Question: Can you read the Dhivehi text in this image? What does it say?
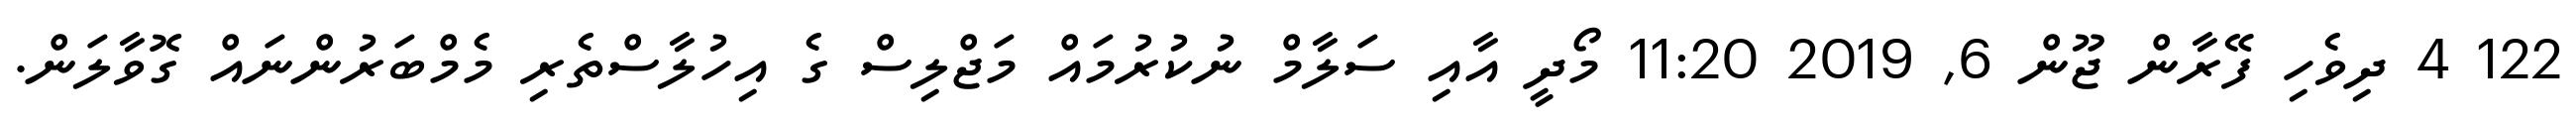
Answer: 122 4 ދިވެހި ފޭރާން ޖޫން 6, 2019 11:20 މޯދީ އާއި ސަލާމް ނުކުރުމައް މަޖްލިސް ގެ އިހުލާސްތެރި މެމްބަރުންނައް ގޮވާލަން.